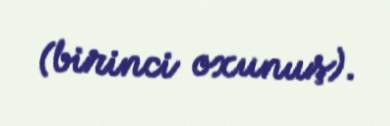
(birinci oxunuş).